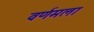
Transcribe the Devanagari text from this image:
वर्णमला